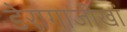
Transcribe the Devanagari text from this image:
डेरागाजीखां